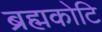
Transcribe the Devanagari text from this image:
ब्रह्मकोटि